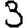
Digit: 3